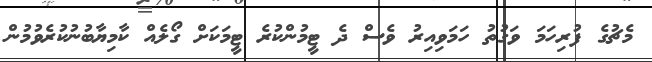
މެޗުގެ ފުރިހަމަ ވަގުތު ހަމަވިއިރު ވެސް ދެ ޓީމުންކުރެ ޓީމަކަށް ގޯލެއް ކާމިޔާބުނުކުރެވުމުން